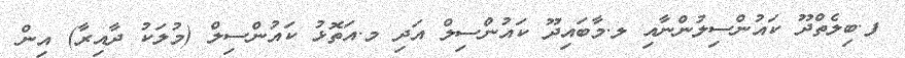
ފ.ބިލެތްދޫ ކައުންސިލުންނާއި ލ.މާބައިދޫ ކައުންސިލް އަދި މ.އަތޮޅު ކައުންސިލް (މުލަކު ދާއިރާ) އިން